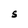
Character: S